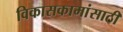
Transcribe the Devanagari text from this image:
विकासकामांसाठी